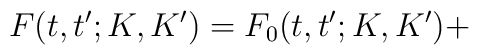
F(t,t^{\prime };K,K^{\prime })=F_{0}(t,t^{\prime };K,K^{\prime })+